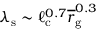
\lambda _ { \mathrm { s } } \sim \ell _ { \mathrm { c } } ^ { 0 . 7 } \overline { r } _ { \mathrm { g } } ^ { 0 . 3 }